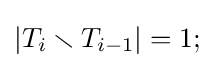
|T_{i}\smallsetminus T_{i-1}|=1;